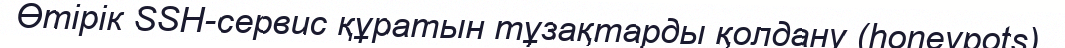
Өтірік SSH-сервис құратын тұзақтарды қолдану (honeypots).